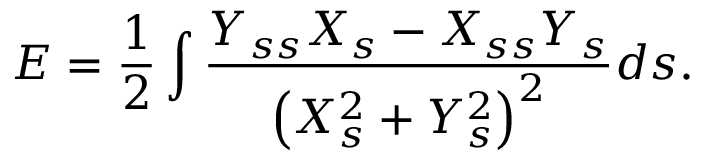
E = \frac { 1 } { 2 } \int \frac { Y _ { s s } X _ { s } - X _ { s s } Y _ { s } } { \left( X _ { s } ^ { 2 } + Y _ { s } ^ { 2 } \right) ^ { 2 } } d s .